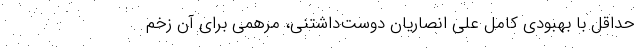
حداقل با بهبودی کامل علی انصاریان دوست‌داشتنی، مرهمی برای آن زخم‌